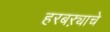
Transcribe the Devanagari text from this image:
हरबऱ्याचे